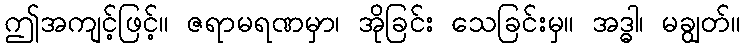
ဤအကျင့်ဖြင့်။ ဇရာမရဏမှာ၊ အိုခြင်း သေခြင်းမှ။ အဒ္ဓါ၊ မချွတ်။